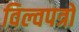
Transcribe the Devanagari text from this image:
विल्वपत्रों